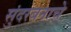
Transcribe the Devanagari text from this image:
सुंदरबनाचे